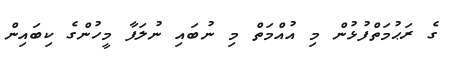
ގެ ރަޙުމަތްފުޅުން މި އުއްމަތް މި ނުބައި ނުލަފާ މީހުންގެ ކިބައިން